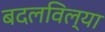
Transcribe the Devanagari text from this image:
बदलविल्या